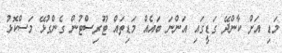
މަޑި އަށް ކާންދޭ ގަޑީގައި އަންނަ ބައެއް މަޑިތައް ޓޫރިސްޓުން ގެންގުޅޭ މަސްކޮޅު